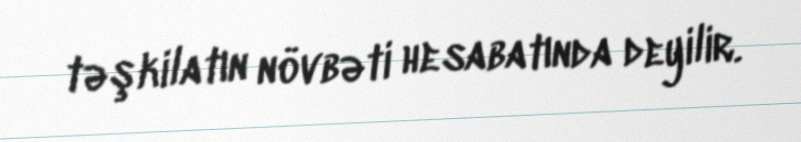
təşkilatın növbəti hesabatında deyilir.